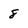
Character: 8